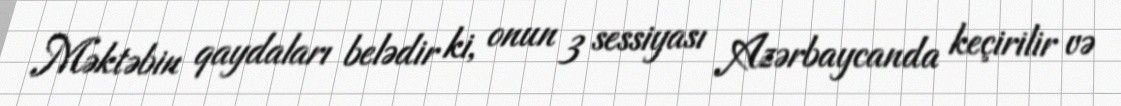
Məktəbin qaydaları belədir ki, onun 3 sessiyası Azərbaycanda keçirilir və